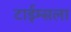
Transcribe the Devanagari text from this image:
टाईम्सला